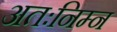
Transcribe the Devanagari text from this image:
अतःनिम्न